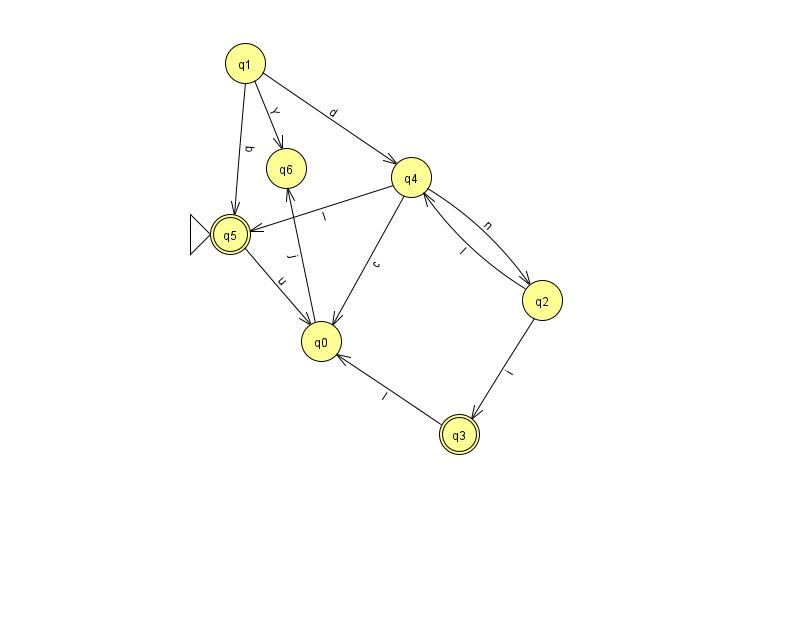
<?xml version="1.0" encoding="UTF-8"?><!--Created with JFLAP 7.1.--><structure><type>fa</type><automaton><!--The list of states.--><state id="0" name="q0"><x>321.0</x><y>328.0</y></state><state id="1" name="q1"><x>245.0</x><y>50.0</y></state><state id="2" name="q2"><x>542.0</x><y>287.0</y></state><state id="3" name="q3"><x>459.0</x><y>421.0</y><final/></state><state id="4" name="q4"><x>411.0</x><y>164.0</y></state><state id="5" name="q5"><x>230.0</x><y>221.0</y><initial/><final/></state><state id="6" name="q6"><x>286.0</x><y>155.0</y></state><!--The list of transitions.--><transition><from>2</from><to>4</to><read>I</read></transition><transition><from>4</from><to>5</to><read>l</read></transition><transition><from>3</from><to>0</to><read>l</read></transition><transition><from>1</from><to>4</to><read>d</read></transition><transition><from>4</from><to>0</to><read>c</read></transition><transition><from>4</from><to>2</to><read>n</read></transition><transition><from>0</from><to>6</to><read>j</read></transition><transition><from>2</from><to>3</to><read>i</read></transition><transition><from>1</from><to>5</to><read>q</read></transition><transition><from>1</from><to>6</to><read>Y</read></transition><transition><from>5</from><to>0</to><read>u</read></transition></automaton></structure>